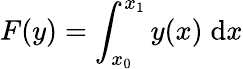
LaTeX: F(y)=\int_{x_{0}}^{x_{1}}y(x)\; \mathrm{d}x